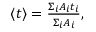
\begin{array} { r } { \langle t \rangle = \frac { \Sigma _ { i } A _ { i } t _ { i } } { \Sigma _ { i } A _ { i } } , } \end{array}